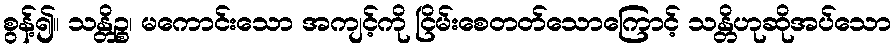
စွန့်၍။ သန္တိဉ္စ၊ မကောင်းသော အကျင့်ကို ငြိမ်းစေတတ်သောကြောင့် သန္တိဟုဆိုအပ်သော